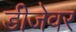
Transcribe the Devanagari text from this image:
डीजेवर